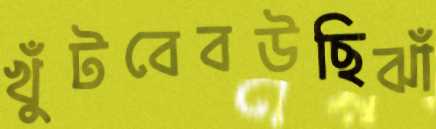
খুঁটবেবউছিঝাঁ